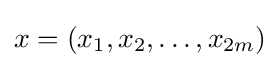
x=(x_{1},x_{2},\ldots ,x_{2m})